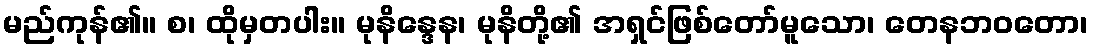
မည်ကုန်၏။ စ၊ ထိုမှတပါး။ မုနိန္ဒေန၊ မုနိတို့၏ အရှင်ဖြစ်တော်မူသော၊ တေနဘဝတော၊